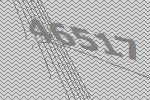
46517